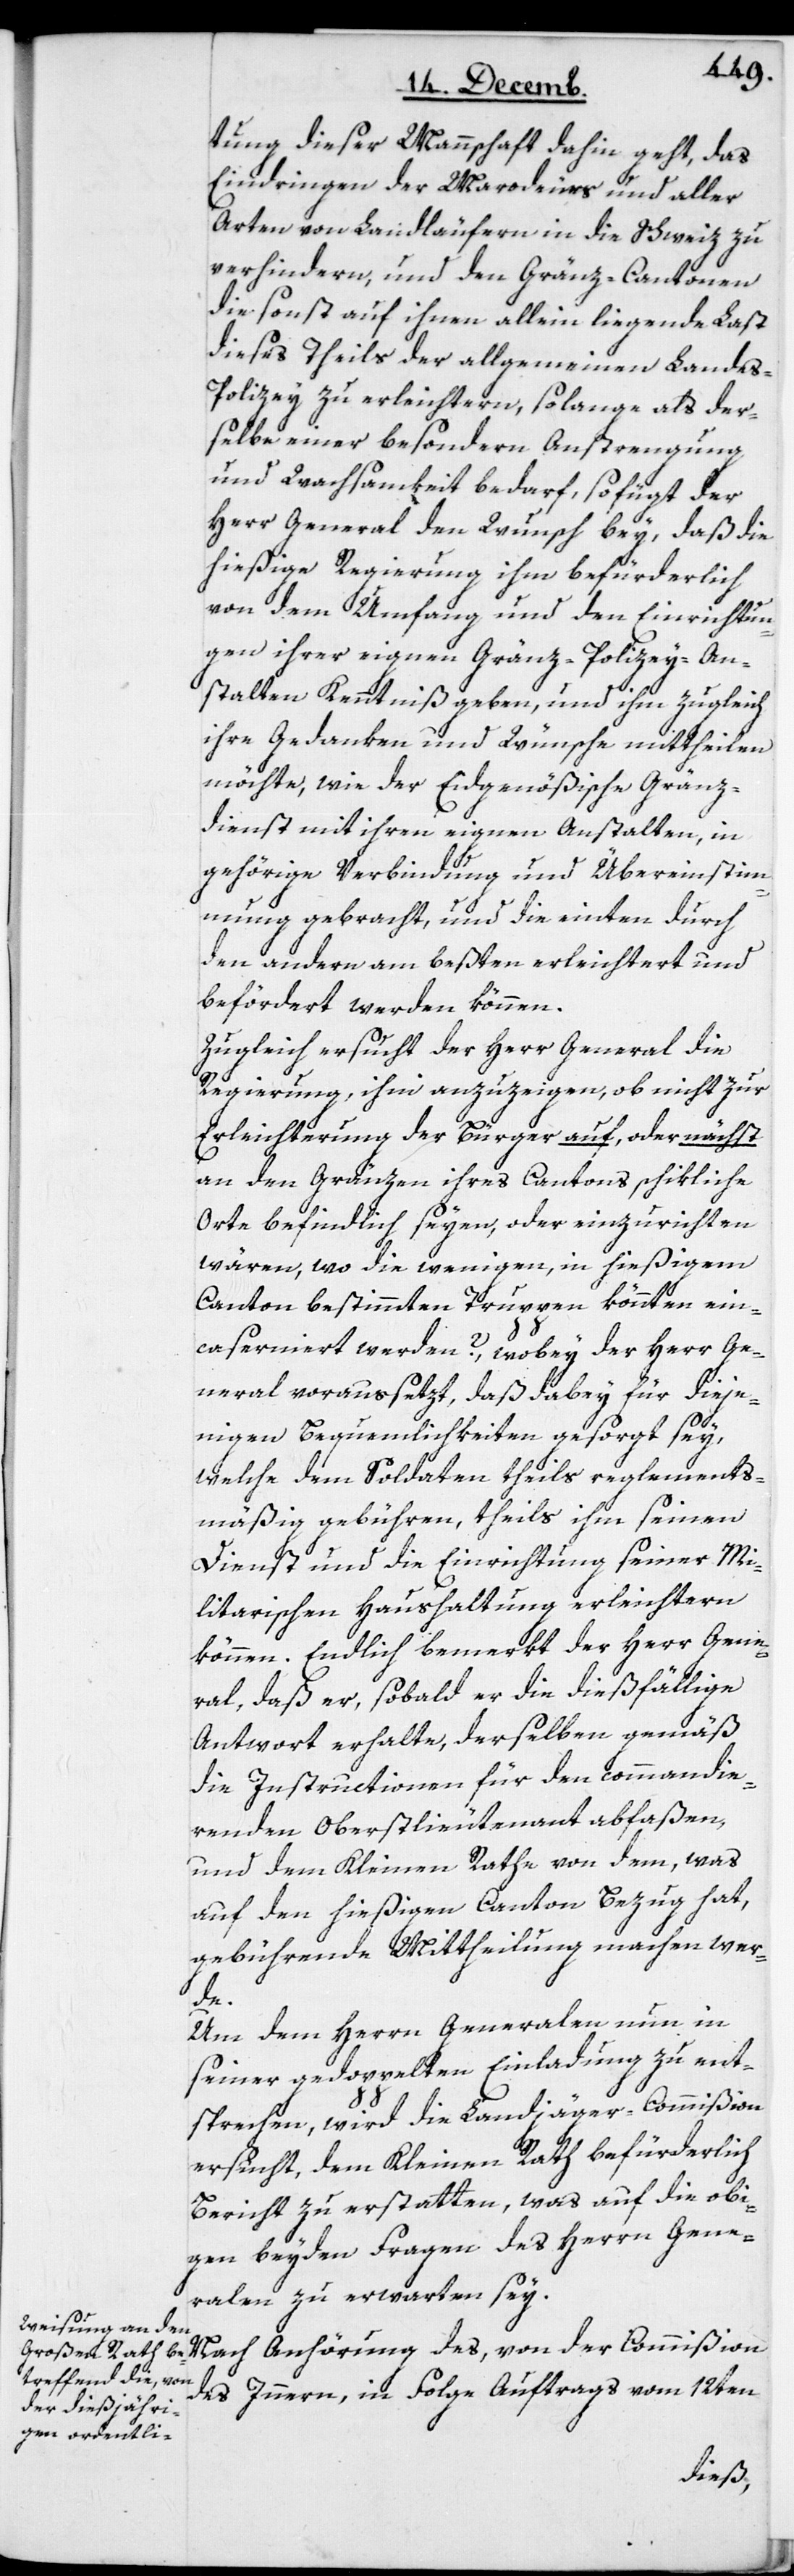
tung dieser Mannschaft dahin geht, das
Eindringen der Marodeurs und aller
Arten von Landläufern in die Schweiz zu
verhindern, und den Gränz-Cantonen
die sonst auf ihnen allein liegende Last
dieses Theils der allgemeinen Landes-P¬
olizey zu erleichtern, solange als der¬
selbe einer besondern Anstrengung
und Wachsamkeit bedarf, so fügt der
Herr General den Wunsch bey, daß die
hießige Regierung ihm befürderlich
von dem Umfang und den Einrichtun¬
gen ihrer eignen Gränz-Polizey-An¬
stalten Kenntniß geben, und ihm zugleich
ihre Gedanken und Wünsche mittheilen
möchte, wie der Eidgenößische Gränz¬
dienst mit ihren eignen Anstalten, in
gehörige Verbindung und Übereinstim¬
mung gebracht, und die einten durch
den andern am beßten erleichtert und
befördert werden können.
Zugleich ersucht der Herr General die
Regierung, ihm anzuzeigen, ob nicht zur
Erleichterung der Bürger auf, oder nächst
an den Gränzen ihres Cantons schikliche
Orte befindlich seyen, oder einzurichten
wären, wo die wenigen, in hießigem
Canton bestimmten Truppen könnten ein¬
caserniert werden? wobey der Herr Ge¬
neral voraussetzt, daß dabey für dieje¬
nigen Bequemlichkeiten gesorgt sey,
welche dem Soldaten theils reglements¬
mäßig gebühren, theils ihm seinen
Dienst und die Einrichtung seiner Mi¬
litarischen Haushaltung erleichtern
können. Endlich bemerkt der Herr Gene¬
ral, daß er, sobald er die dießfällige
Antwort erhalte, derselben gemäß
die Instructionen für den commandie¬
renden Oberstlieutenant abfaßen,
und dem Kleinen Rathe von dem, was
auf den hießigen Canton Bezug hat,
gebührende Mittheilung machen wer¬
de.
Um dem Herrn Generalen nun in
seiner gedoppelten Einladung zu ent¬
sprechen, wird die Landjäger-Commißion
ersucht, dem Kleinen Rath befürderlich
Bericht zu erstatten, was auf die obi¬
gen beyden Fragen des Herrn Gene¬
ralen zu erwarten sey.
Nach Anhörung des, von der Commißion
des Innern, in Folge Auftrags vom 12ten